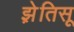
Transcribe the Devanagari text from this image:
झ़ेतिसू